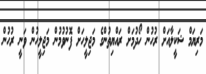
މަރިޔަމް ޝަކީލާއަށް ރުހުން ހޯދުމަށް ރައްޔިތުންގެ މަޖިލީހަށް ފޮނުވުމުން މަޖިލީހުން ވަނީ ރުހުން